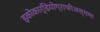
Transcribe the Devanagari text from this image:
इकोकार्डियोग्राफीअस्थमा